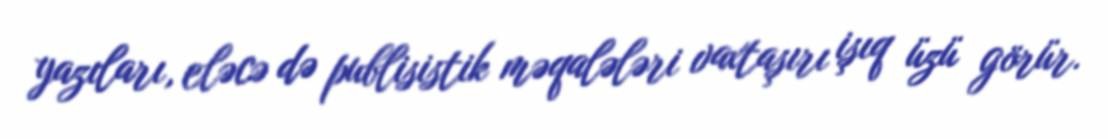
yazıları, eləcə də publisistik məqalələri vaxtaşırı işıq üzü görür.